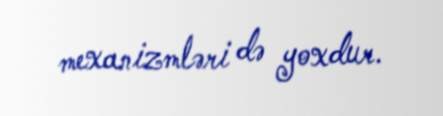
mexanizmləri də yoxdur.